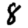
Digit: 8